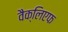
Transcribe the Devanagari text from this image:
वैक्लिएफ